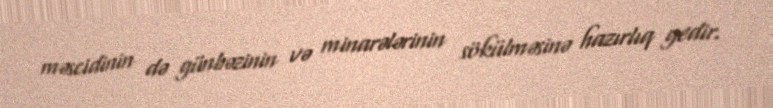
məscidinin də günbəzinin və minarələrinin sökülməsinə hazırlıq gedir.